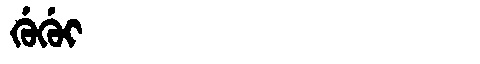
Manchu: ᡤᡠᡤᡠᡳ
Romanization: GUGUI